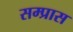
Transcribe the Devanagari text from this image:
सम्प्रास